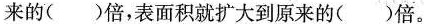
来的( )倍，表面积就扩大到原来的( )倍。